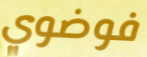
فوضوي